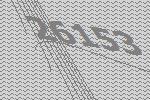
26153